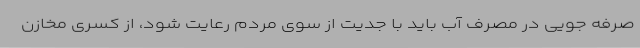
صرفه جویی در مصرف آب باید با جدیت از سوی مردم رعایت شود، از کسری مخازن